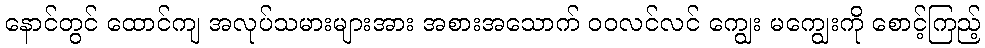
နောင်တွင် ထောင်ကျ အလုပ်သမားများအား အစားအသောက် ဝဝလင်လင် ကျွေး မကျွေးကို စောင့်ကြည့်